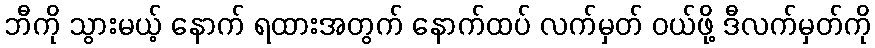
ဘီကို သွားမယ့် နောက် ရထားအတွက် နောက်ထပ် လက်မှတ် ဝယ်ဖို့ ဒီလက်မှတ်ကို